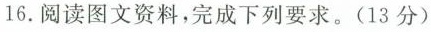
16.阅读图文资料，完成下列要求。(13分)